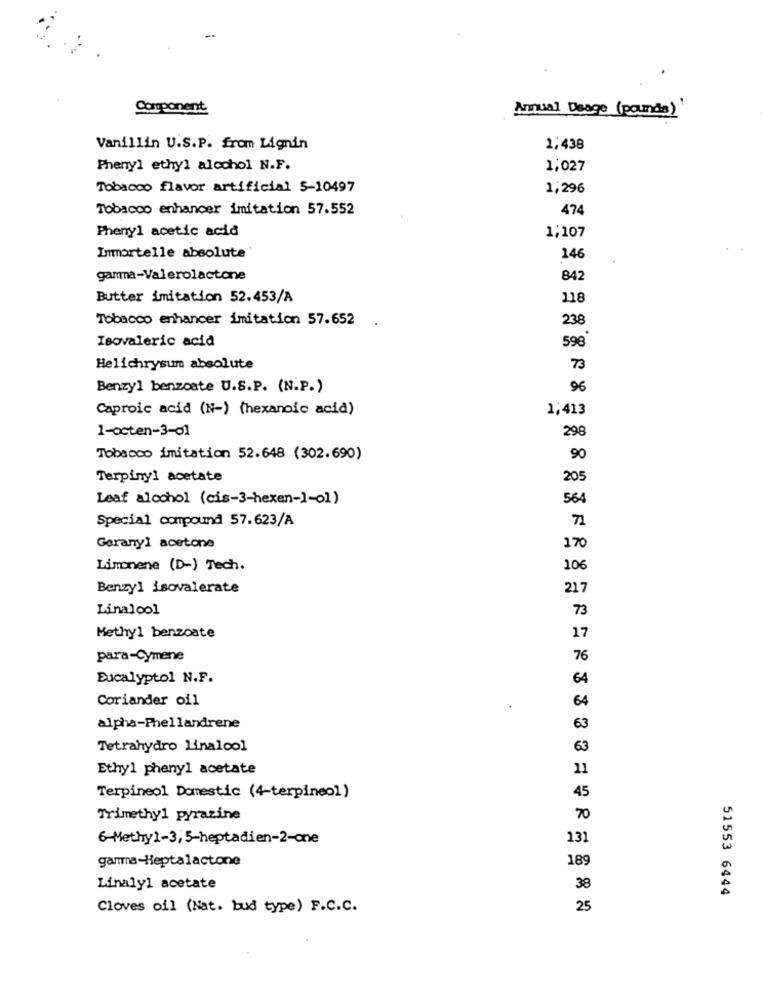
Component
Annual Deage (pounde)
Vanillin U.S.P. from Lignin
1,438
Phenyl ethyl alcohol N.F.
1,027
Tobacco flavor artificial 5-10497
1,296
Tobacco enhancer imitation 57.552
474
Phenyl acetic acid
1;107
Immortelle absolute'
146
gamma-Valerolactone
842
Butter imitation 52.453/A
118
Tobacco enhancer imitation 57.652
238
Isovaleric acid
598
Helichrysum absolute
73
Benzyl benzoate U.S.P. (N.P.)
96
Caproic acid (N-) (hexanoic acid)
1,413
1-octen-3-01
298
Tobacco imitation 52.648 (302.690)
90
Terpinyl acetate
205
Leaf alcohol (cis-3-hexen-1-01)
564
Special compound 57.623/A
71
Geranyl acetone
170
Limonene (D-) Tech.
10€
Benzyl isovalerate
217
Linalool
73
17
Methyl benzoate
para-Cymene
76
Eucalyptol N.F.
64
Coriander oil
64
alpha-Phellandrene
63
Tetrahydro linalool
63
Ethyl phenyl acetate
11
45
Terpineol Domestic (4-terpineol)
Trimethyl pyrazine
70
6-Methy1-3, 5-heptadien-2-one
131
gamma-Heptalactone
189
38
Linalyl acetate
51553 6444
Cloves oil (Nat. bud type) F.C.C.
25